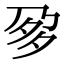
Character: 㚉